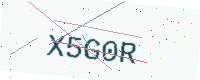
Text: X5G0R